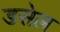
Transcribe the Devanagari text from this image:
डसेल